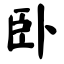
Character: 卧